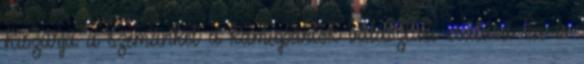
Kiszúrja a szemünket a kamupártok választási csalása Én is